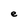
Character: e